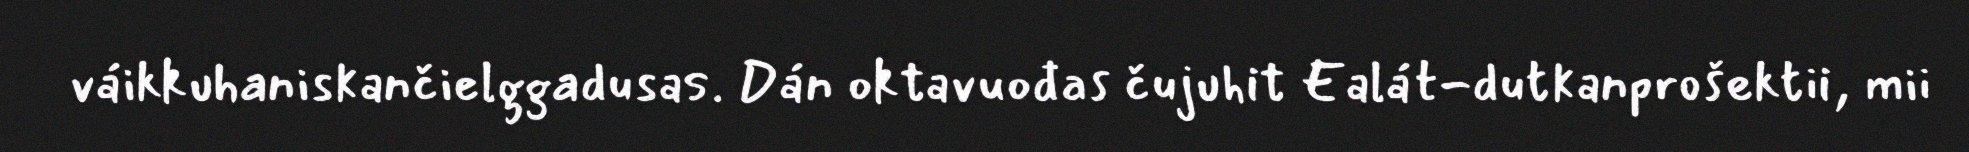
váikkuhaniskančielggadusas. Dán oktavuođas čujuhit Ealát-dutkanprošektii, mii